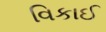
વિકાઈ